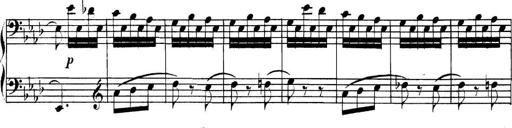
Title: Collected Piano Sonatas
Composer: Muzio Clementi